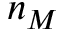
n _ { M }